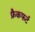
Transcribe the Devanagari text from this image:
फ्रैकफर्ट